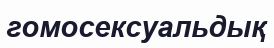
гомосексуальдық